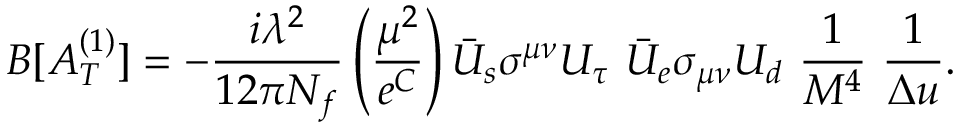
B [ A _ { T } ^ { ( 1 ) } ] = - { \frac { i \lambda ^ { 2 } } { 1 2 \pi N _ { f } } } \left( { \frac { \mu ^ { 2 } } { e ^ { C } } } \right) \bar { U } _ { s } \sigma ^ { \mu \nu } U _ { \tau } \ \bar { U } _ { e } \sigma _ { \mu \nu } U _ { d } \ { \frac { 1 } { M ^ { 4 } } } \ { \frac { 1 } { \Delta u } } .